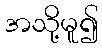
အသို့မူ၍